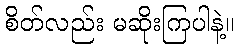
စိတ်လည်း မဆိုးကြပါနဲ့။